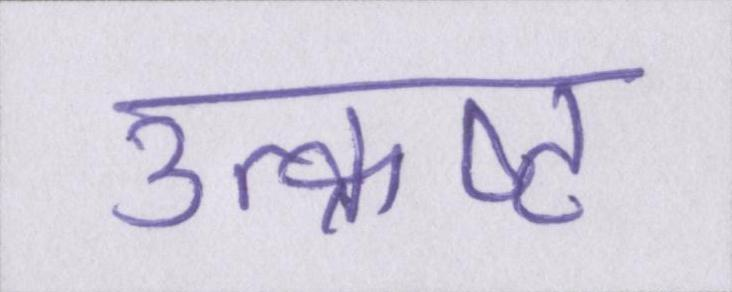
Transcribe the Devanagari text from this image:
उत्क्रष्ट